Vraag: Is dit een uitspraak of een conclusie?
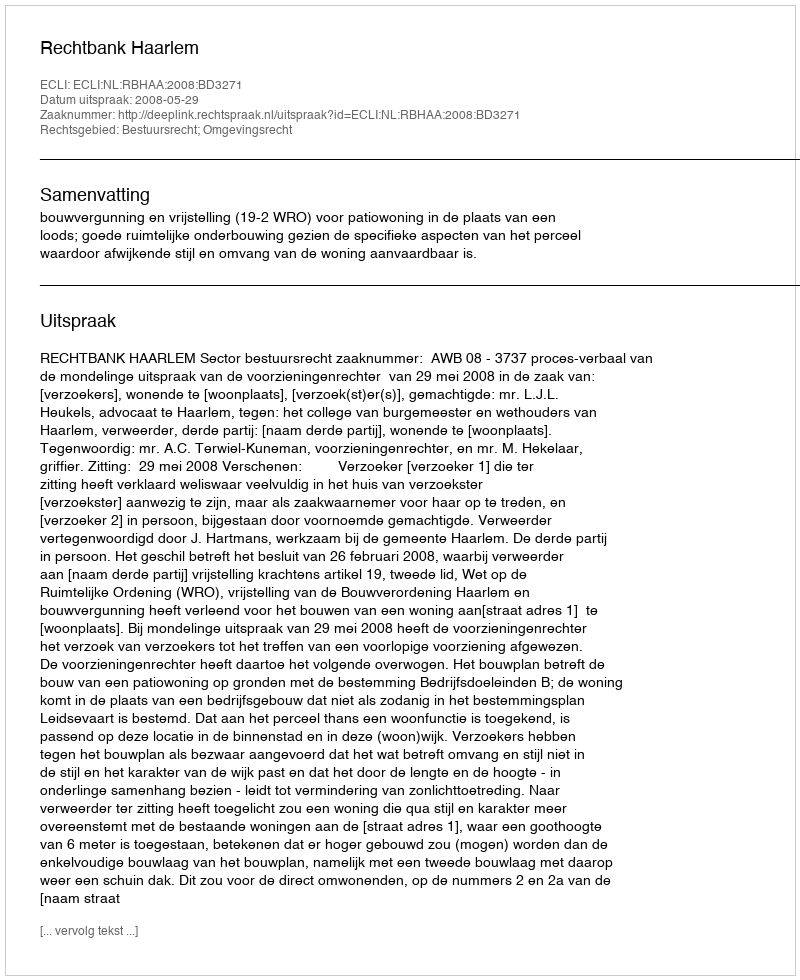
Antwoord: Uitspraak